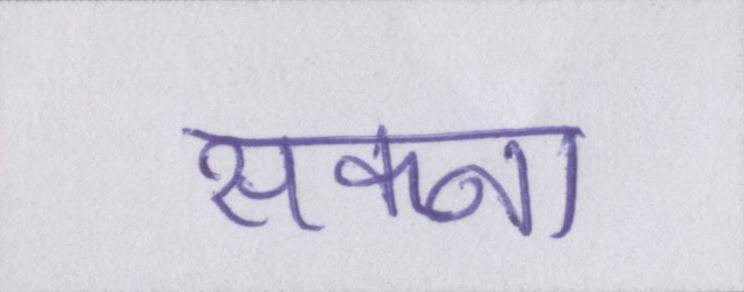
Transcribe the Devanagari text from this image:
सकना